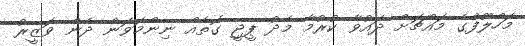
މަހްލޫފްގެ މައްޗަށް ދައުވާ ކުރުމާ މެދު ޕީޖީ ގޮތެއް ނިންމަވަން ދެން ވަޒީރު